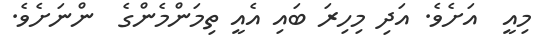
މިއީ  އަށެވެ. އަދި މިހިރަ ބައި އެއީ ތިމަންމެންގެ  ންނަށެވެ.